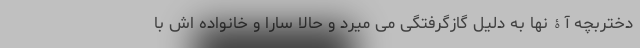
دختربچه آۀنها به دلیل گازگرفتگی می میرد و حالا سارا و خانواده اش با